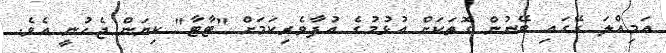
އަމިއްލަ ގޭގައި ބޭނުން ގޮތަކަށް އުޅުމުގެ އުފާވެރިކަމަށް "ޓާޓާ" ކިޔަން ޖެހުނީ އެވެ.